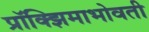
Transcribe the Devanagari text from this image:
प्रॉक्झिमाभोवती